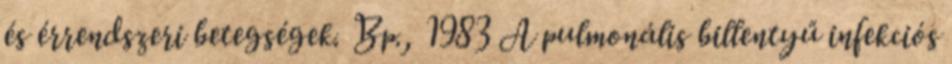
és érrendszeri betegségek. Bp., 1983 A pulmonális billentyű infekciós